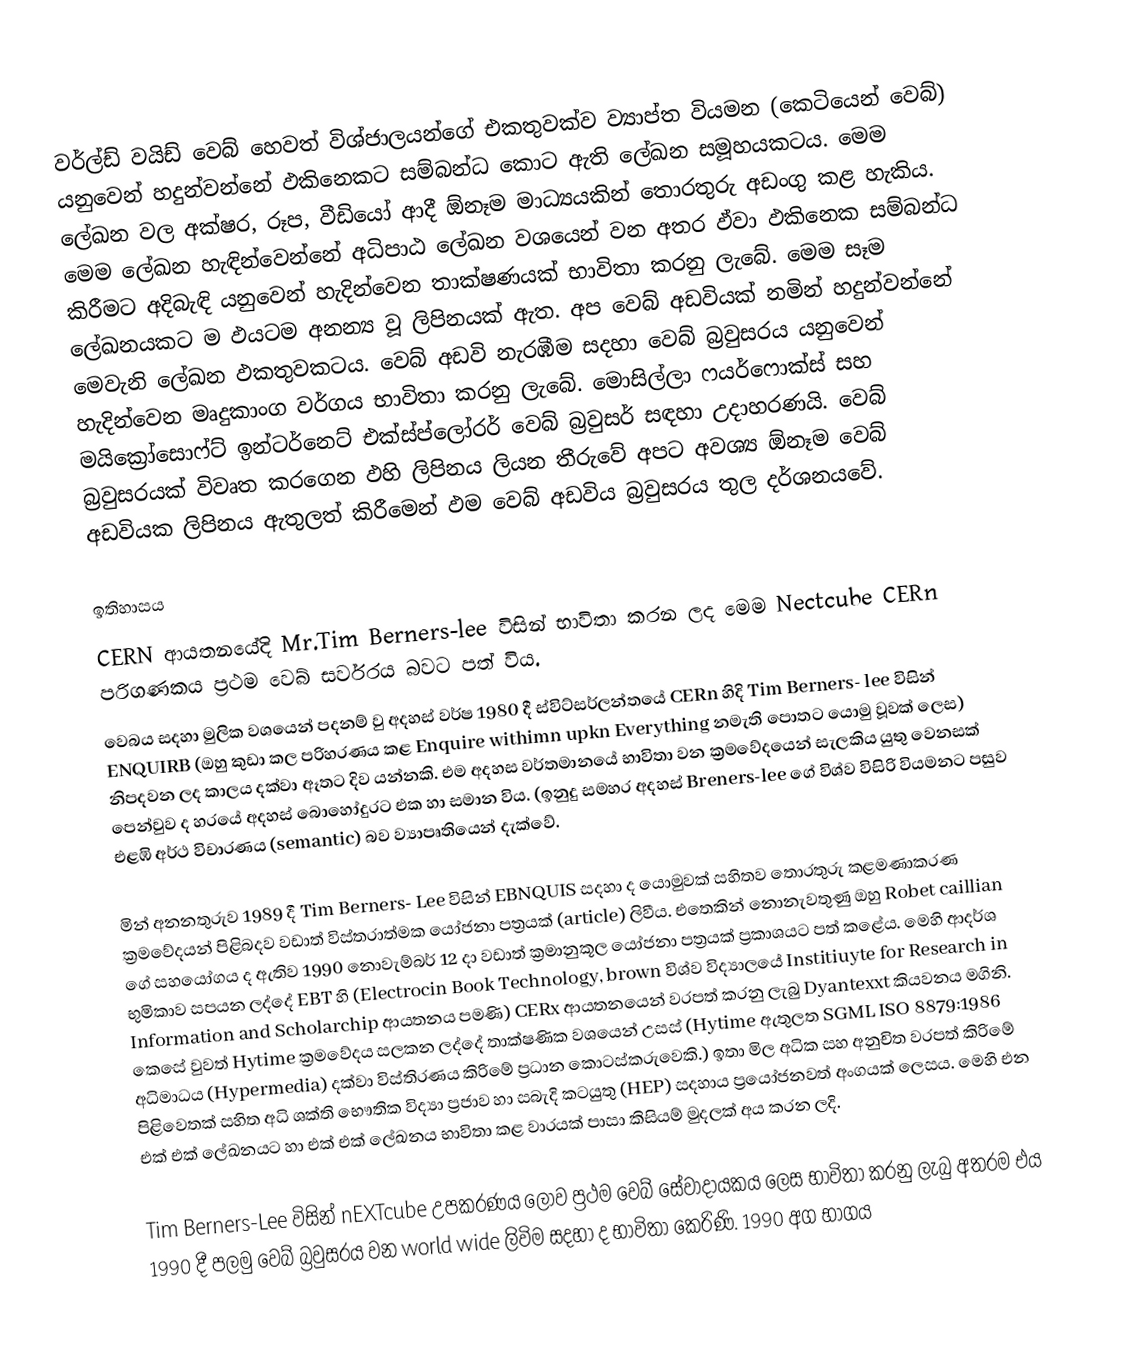
වර්ල්ඩ් වයිඩ් වෙබ් හෙවත් විශ්ජාලයන්ගේ එකතුවක්ව ව්‍යාප්ත වියමන (කෙටියෙන් වෙබ්) යනුවෙන් හදුන්වන්නේ ඵකිනෙකට සම්බන්ධ කොට ඇති ලේඛන සමූහයකටය. මෙම‍ ලේඛන වල අක්ෂර, රූප, වීඩියෝ ආදී ඕනෑම මාධ්‍යයකින් තොරතුරු අඩංගු කළ හැකිය. මෙම ලේඛන හැඳින්වෙන්නේ අධිපාඨ ලේඛන වශයෙන් වන අතර ඵ්වා ඵකිනෙක සම්බන්ධ කිරීමට අදිබැඳි යනුවෙන් හැදින්වෙන තාක්ෂණයක් භාවිතා කරනු ලැබේ. මෙම සෑම ලේඛනයකට ම ඵයටම අනන්‍ය වූ ලිපිනයක් ඇත. අප වෙබ් අඩවියක් නමින් හදුන්වන්නේ මෙවැනි ලේඛන ඵකතුවකටය. වෙබ් අඩවි නැරඹීම සදහා වෙබ් බ්‍රවුසරය යනුවෙන් හැදින්වෙන මෘදුකාංග වර්ගය භාවිතා කරනු ලැබේ. මොසිල්ලා ෆයර්ෆොක්ස් සහ මයික්‍රෝසොෆ්ට් ඉන්ටර්නෙට් එක්ස්ප්ලෝරර් වෙබ් බ්‍රවුසර් සඳහා උදාහරණයි. වෙබ් බ්‍රවුසරයක් විවෘත කරගෙන ඵහි ලිපිනය ලියන තීරුවේ අපට අවශ්‍ය ඕනෑම වෙබ් අඩවියක ලිපිනය ඇතුලත් කිරීමෙන් ඵම වෙබ් අඩවිය බ්‍රවුසරය තුල දර්ශනයවේ.

ඉතිහාසය
 CERN ආයතනයේදි Mr.Tim Berners-lee විසින් භාවිතා කරන ලද මෙම Nectcube CERn පරිගණකය ප්‍රථම වෙබ් සර්වරය බවට පත් විය.
වෙබය සදහා මුලික වශයෙන් පදනම් වු අදහස් වර්ෂ 1980 දී ස්විට්සර්ලන්තයේ CERn හිදි Tim Berners- lee විසින් ENQUIRB (ඔහු කුඩා කල පරිහරණය කළ Enquire withimn upkn Everything නමැති පොතට යොමු වූවක් ලෙස) නිපදවන ලද කාලය දක්වා ඈතට දිව යන්නකි. එම අදහස වර්තමානයේ භාවිතා වන ක්‍රමවේදයෙන් සැලකිය යුතු වෙනසක් පෙන්වුව ද හරයේ අදහස් බොහෝදුරට එක හා සමාන විය. (ඉනුදු සමහර අදහස් Breners-lee ගේ විශ්ව විසිරි වියමනට පසුව එළඹි අර්ථ විචාරණය (semantic) බව ව්‍යාපෘතියෙන් දැක්වේ.

මින් අනනතුරුව 1989 දී Tim Berners- Lee විසින් EBNQUIS සදහා ද යොමුවක් සහිතව තොරතුරු කළමණාකරණ ක්‍රමවේදයන් පිළිබදව වඩාත් විස්තරාත්මක යෝජනා පත්‍රයක් (article) ලිවීය. එතෙකින් නොනැවතුණු ඔහු Robet caillian ගේ සහයෝගය ද ඇතිව 1990 නොවැම්බර් 12 දා වඩාත් ක්‍රමානුකූල යෝජනා පත්‍රයක් ප්‍රකාශයට පත් කළේය. මෙහි ආදර්ශ භුමිකාව සපයන ලද්දේ EBT හි (Electrocin Book Technology, brown විශ්ව විද්‍ය‍ාලයේ Institiuyte for Research in Information and Scholarchip ආයතනය පමණි) CERx ආයතනයෙන් වරපත් කරනු ලැබු Dyantexxt කියවනය මගිනි. කෙසේ වුවත් Hytime ක්‍රමවේදය සලකන ලද්දේ තාක්ෂණික වශයෙන් උසස් (Hytime ඇතුලත SGML ISO 8879:1986 අධිමාධය (Hypermedia) දක්වා විස්තිරණය කිරිමේ ප්‍රධාන කොටස්කරුවෙකි.) ඉතා මිල අධික සහ අනුචිත වරපත් කිරිමේ පිළිවෙතක් සහිත අධි ශක්ති භෞතික විද්‍යා ප්‍රජාව හා සබැදි කටයුතු (HEP) සදහාය ප්‍රයෝජනවත් අංගයක් ලෙසය. මෙහි එන එක් එක් ලේඛනයට හා එක් එක් ලේඛනය භාවිතා කළ වාරයක් පාසා කිසියම් මුදලක් අය කරන ලදි.

Tim Berners-Lee විසින් nEXTcube උපකරණය ලොව ප්‍රථම වෙබ් සේවාදායකය ලෙස භාවිතා කරනු ලැබු අතරම එය 1990 දී පලමු වෙබ් බ්‍රවුසරය වන world wide ලිවිම සදහා ද භාවිතා කෙරිණි. 1990 අග භාගය